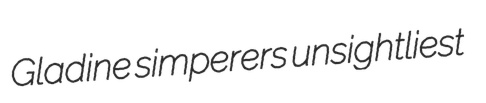
Gladine simperers unsightliest